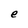
Character: e